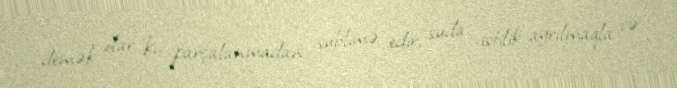
demək olar ki, parçalanmadan sublimə edir, suda istilik ayrılmaqla və